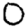
Digit: 0